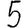
Digit: 5